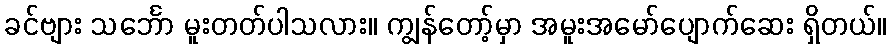
ခင်ဗျား သင်္ဘော မူးတတ်ပါသလား။ ကျွန်တော့်မှာ အမူးအမော်ပျောက်ဆေး ရှိတယ်။